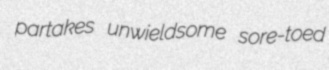
partakes unwieldsome sore-toed